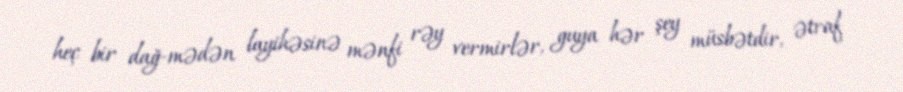
heç bir dağ-mədən layihəsinə mənfi rəy vermirlər, guya hər şey müsbətdir, ətraf